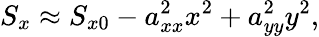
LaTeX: S_{x}\approx S_{x0}-a_{xx}^{2}x^{2}+a_{yy}^{2}y^{2},